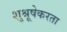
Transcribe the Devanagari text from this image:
शुश्रूषेकरता